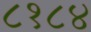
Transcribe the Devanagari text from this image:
८१८४